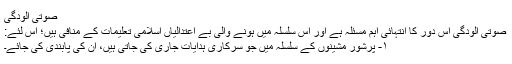
صوتی آلودگی
صوتی آلودگی اس دور کا انتہائی اہم مسئلہ ہے اور اس سلسلہ میں ہونے والی بے اعتدالیاں اسلامی تعلیمات کے منافی ہیں؛ اس لئے:
۱- پُرشور مشینوں کے سلسلہ میں جو سرکاری ہدایات جاری کی جاتی ہیں، ان کی پابندی کی جائے۔